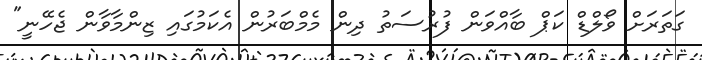
ގަތަރަށް ވޯލްޑް ކަޕް ބާއްވަން ފުރުސަތު ދިން މެމްބަރުން އެކަމުގައި ޒިންމާވާން ޖެހޭނީ"